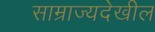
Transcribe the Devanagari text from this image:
साम्राज्यदेखील